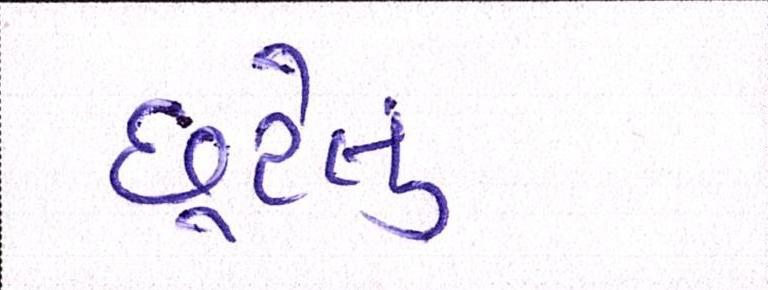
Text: છૂટેલું